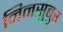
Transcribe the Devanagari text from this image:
निनसुबुर